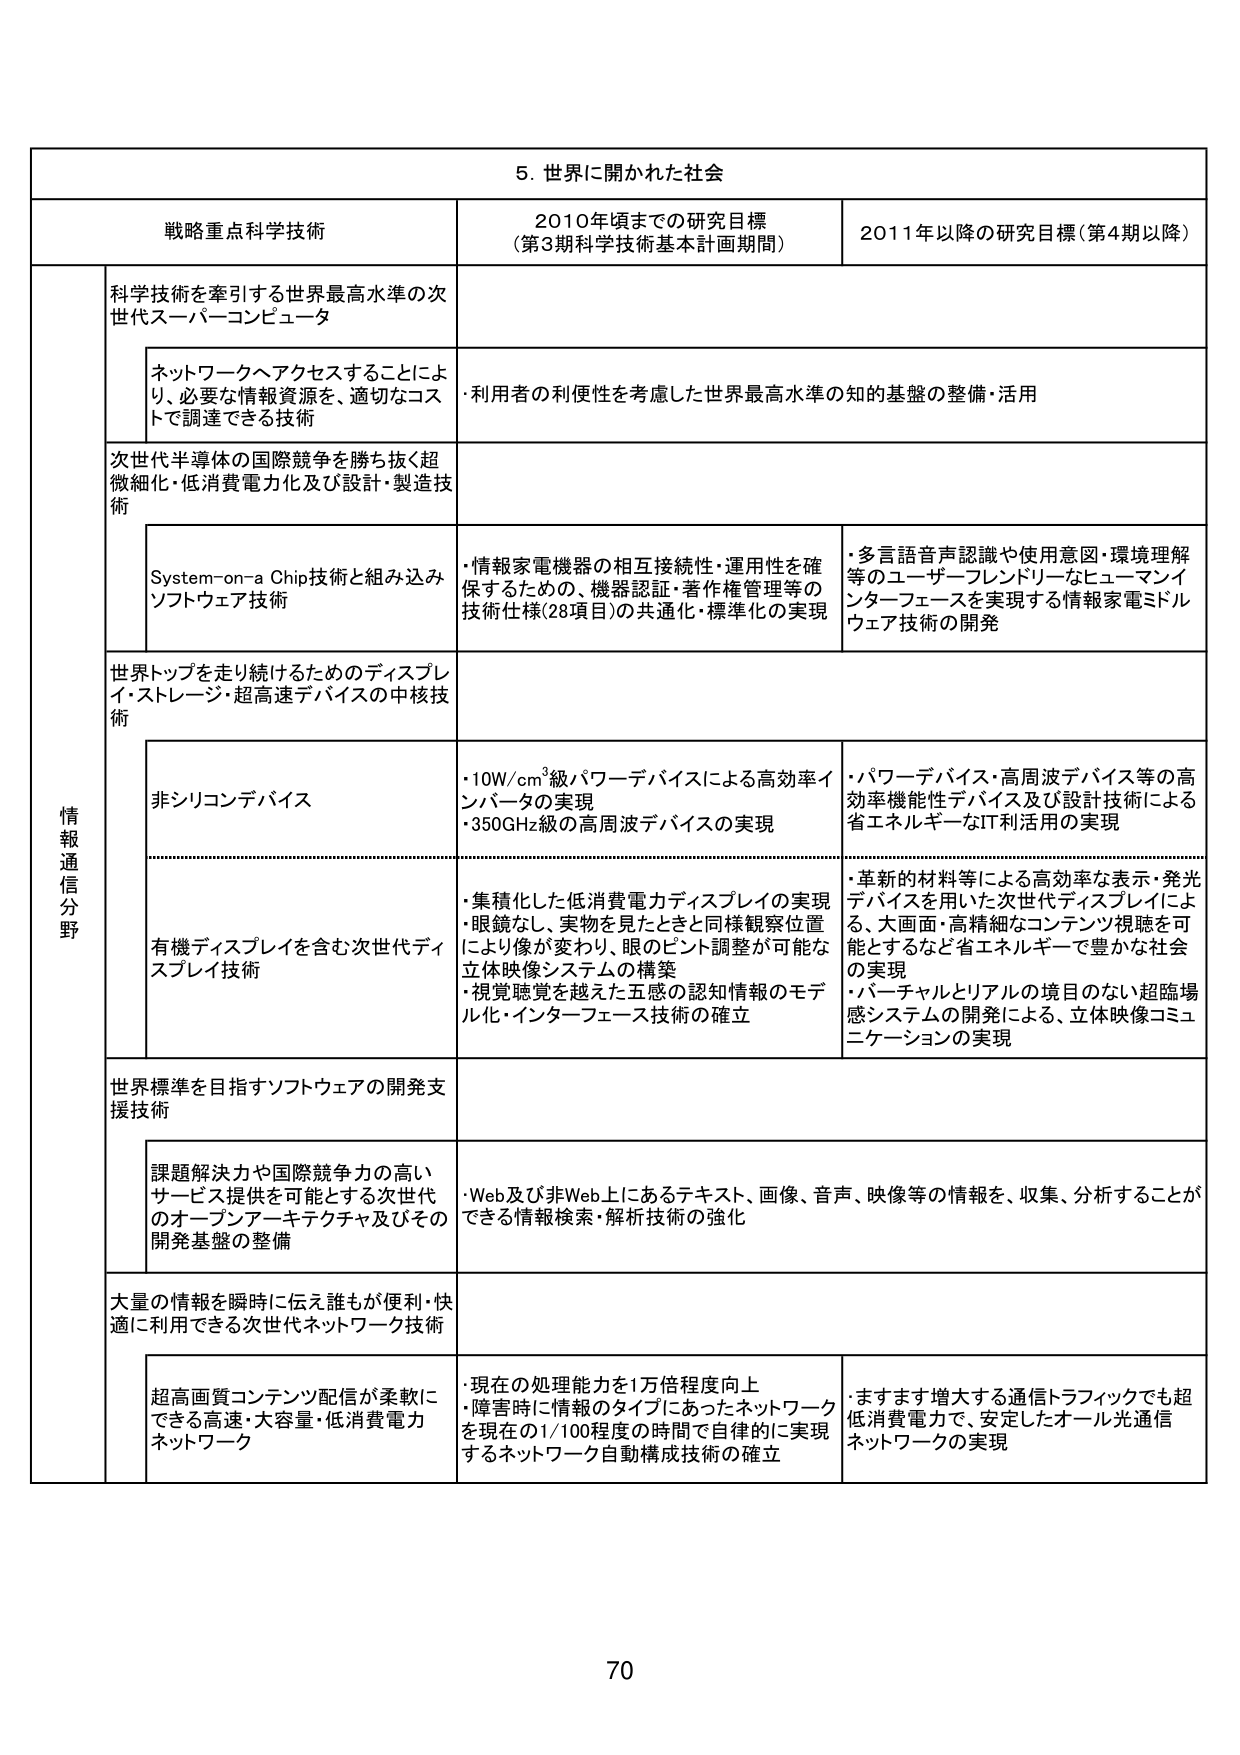
5. 世界に開かれた社会

戦略重点科学技術 2010年頃までの研究目標 （第3期科学技術基本計画期間） 2011年以降の研究目標（第4期以降）

情報通信分野

科学技術を牽引する世界最高水準の次世代スーパーコンピュータ
・ネットワークへアクセスすることにより、必要な情報資源を、適切なコストで調達できる技術
・利用者の利便性を考慮した世界最高水準の知的基盤の整備・活用

次世代半導体の国際競争を勝ち抜く超微細化・低消費電力化及び設計・製造技術
System-on-a Chip技術と組み込みソフトウェア技術
・情報家電機器の相互接続性・運用性を確保するための、機器認証・著作権管理等の技術仕様（28項目）の共通化・標準化の実現
・多言語音声認識や使用意図・環境理解等のユーザーフレンドリーなヒューマンインターフェースを実現する情報家電ミドルウェア技術の開発

世界トップを走り続けるためのディスプレイ・ストレージ・超高速デバイスの中核技術
非シリコンデバイス
・10W/cm³級パワーデバイスによる高効率インバータの実現
・350GHz級の高周波デバイスの実現
・パワーデバイス・高周波デバイス等の高効率機能性デバイス及び設計技術による省エネルギーなIT利活用の実現

有機ディスプレイを含む次世代ディスプレイ技術
・集積化した低消費電力ディスプレイの実現
・眼鏡なし、実物を見たときと同様観察位置により像が変わり、眼のピント調整が可能な立体映像システムの構築
・視覚聴覚を越えた五感の認知情報のモデル化・インターフェース技術の確立
・革新的材料等による高効率な表示・発光デバイスを用いた次世代ディスプレイによる、大画面・高精細なコンテンツ視聴を可能とするなど省エネルギーで豊かな社会の実現
・バーチャルとリアルの境目のない超臨場感システムの開発による、立体映像コミュニケーションの実現

世界標準を目指すソフトウェアの開発支援技術
課題解決力や国際競争力の高いサービス提供を可能とする次世代のオープンアーキテクチャ及びその開発基盤の整備
・Web及び非Web上にあるテキスト、画像、音声、映像等の情報を、収集、分析することができる情報検索・解析技術の強化

大量の情報を瞬時に伝え誰もが便利・快適に利用できる次世代ネットワーク技術
超高画質コンテンツ配信が柔軟にできる高速・大容量・低消費電力ネットワーク
・現在の処理能力を1万倍程度向上
・障害時に情報のタイプにあったネットワークを現在の1/100程度の時間で自律的に実現するネットワーク自動構成技術の確立
・ますます増大する通信トラフィックでも超低消費電力で、安定したオール光通信ネットワークの実現

70